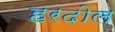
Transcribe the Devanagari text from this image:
हरदोल